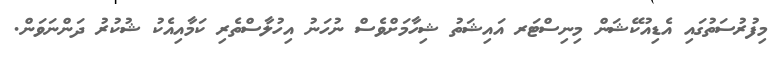
މިފުރުސަތުގައި އެޑިއުކޭޝަން މިނިސްޓަރ އައިޝަތު ޝިހާމަށްވެސް ނުހަނު އިހުލާސްތެރި ކަމާއިއެކު ޝުކުރު ދަންނަވަން.